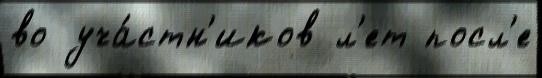
во уча́стн'иков л'ет посл'е